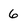
Character: 6